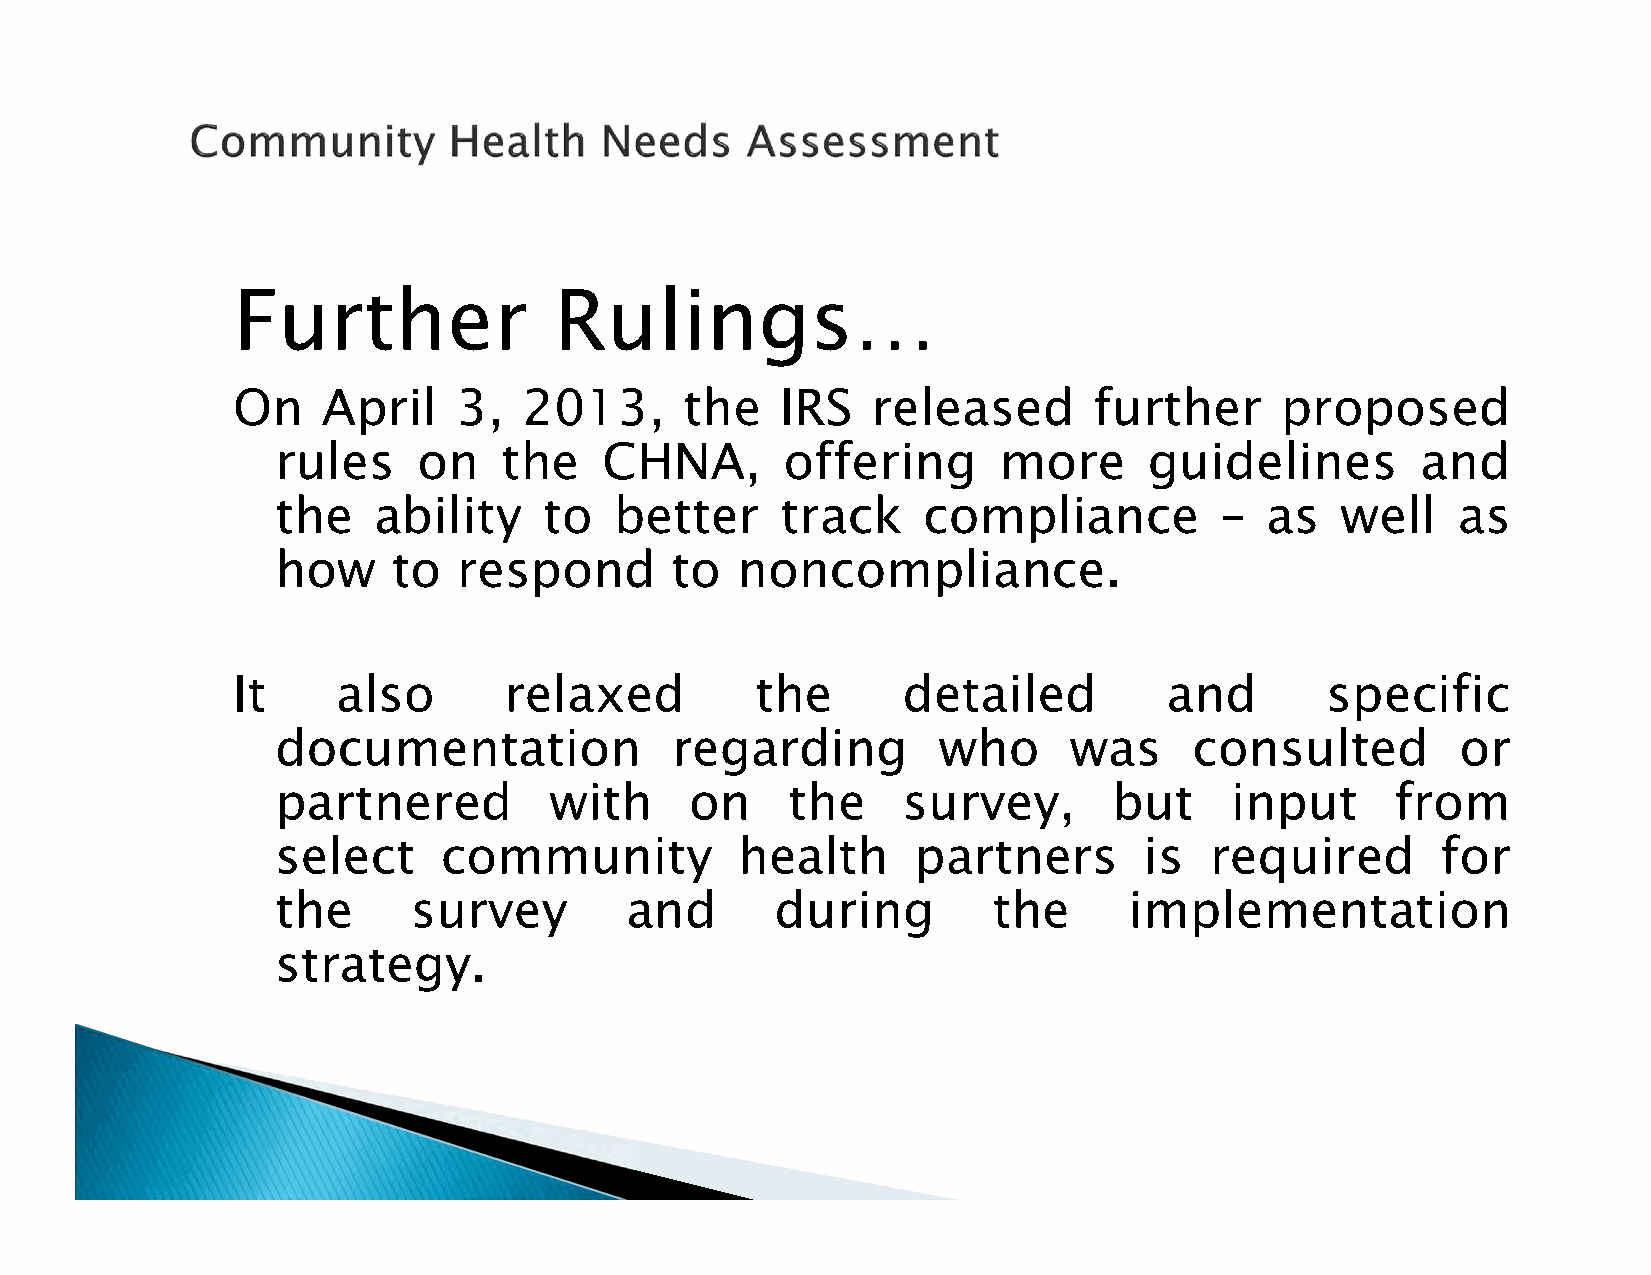
Further               Rulings…
 On    April    3,   2013,     the    IRS   released      further      proposed
 rules     on   the    CHNA,       offering      more      guidelines        and
 the    ability    to   better     track    compliance          –  as   well   as
 how     to  respond       to   noncompliance.
 It     also       relaxed          the       detailed         and        specific
 documentation             regarding         who      was     consulted         or
 partnered         with      on    the     survey,       but    input      from
 select     community           health     partners        is  required       for
 the      survey        and       during         the      implementation
 strategy.